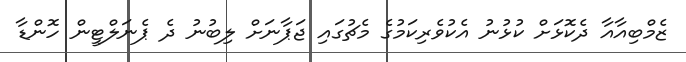
ޒެމްބިއާއާ ދެކޮޅަށް ކުޅުނު އެކުވެރިކަމުގެ މެޗުގައި ޖަޕާނަށް ލިބުނު ދެ ޕެނަލްޓީން ހޮންޑާ